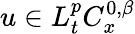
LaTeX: u\in L_{t}^{p}C_{x}^{0,\beta}